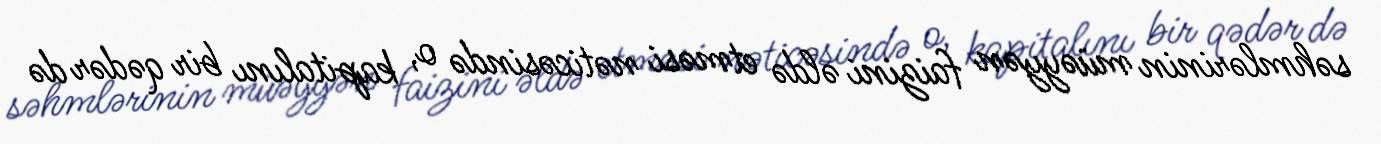
səhmlərinin müəyyən faizini əldə etməsi nəticəsində o, kapitalını bir qədər də